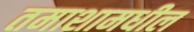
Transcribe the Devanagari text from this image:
तमाशामधील